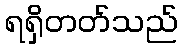
ရရှိတတ်သည်